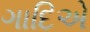
ગાદિએ